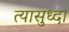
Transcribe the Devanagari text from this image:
त्यासुध्दा